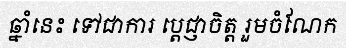
ឆ្នាំនេះ ទៅជាការ ប្តេជ្ញាចិត្ត រួមចំណែក